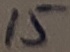
Text: 15